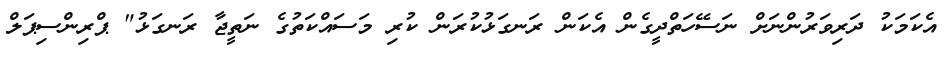
އެކަމަކު ދަރިވަރުންނަށް ނަސޭހަތްދީގެން އެކަން ރަނގަޅުކުރަން ކުރި މަސައްކަތުގެ ނަތީޖާ ރަނގަޅު" ޕްރިންސިޕަލް